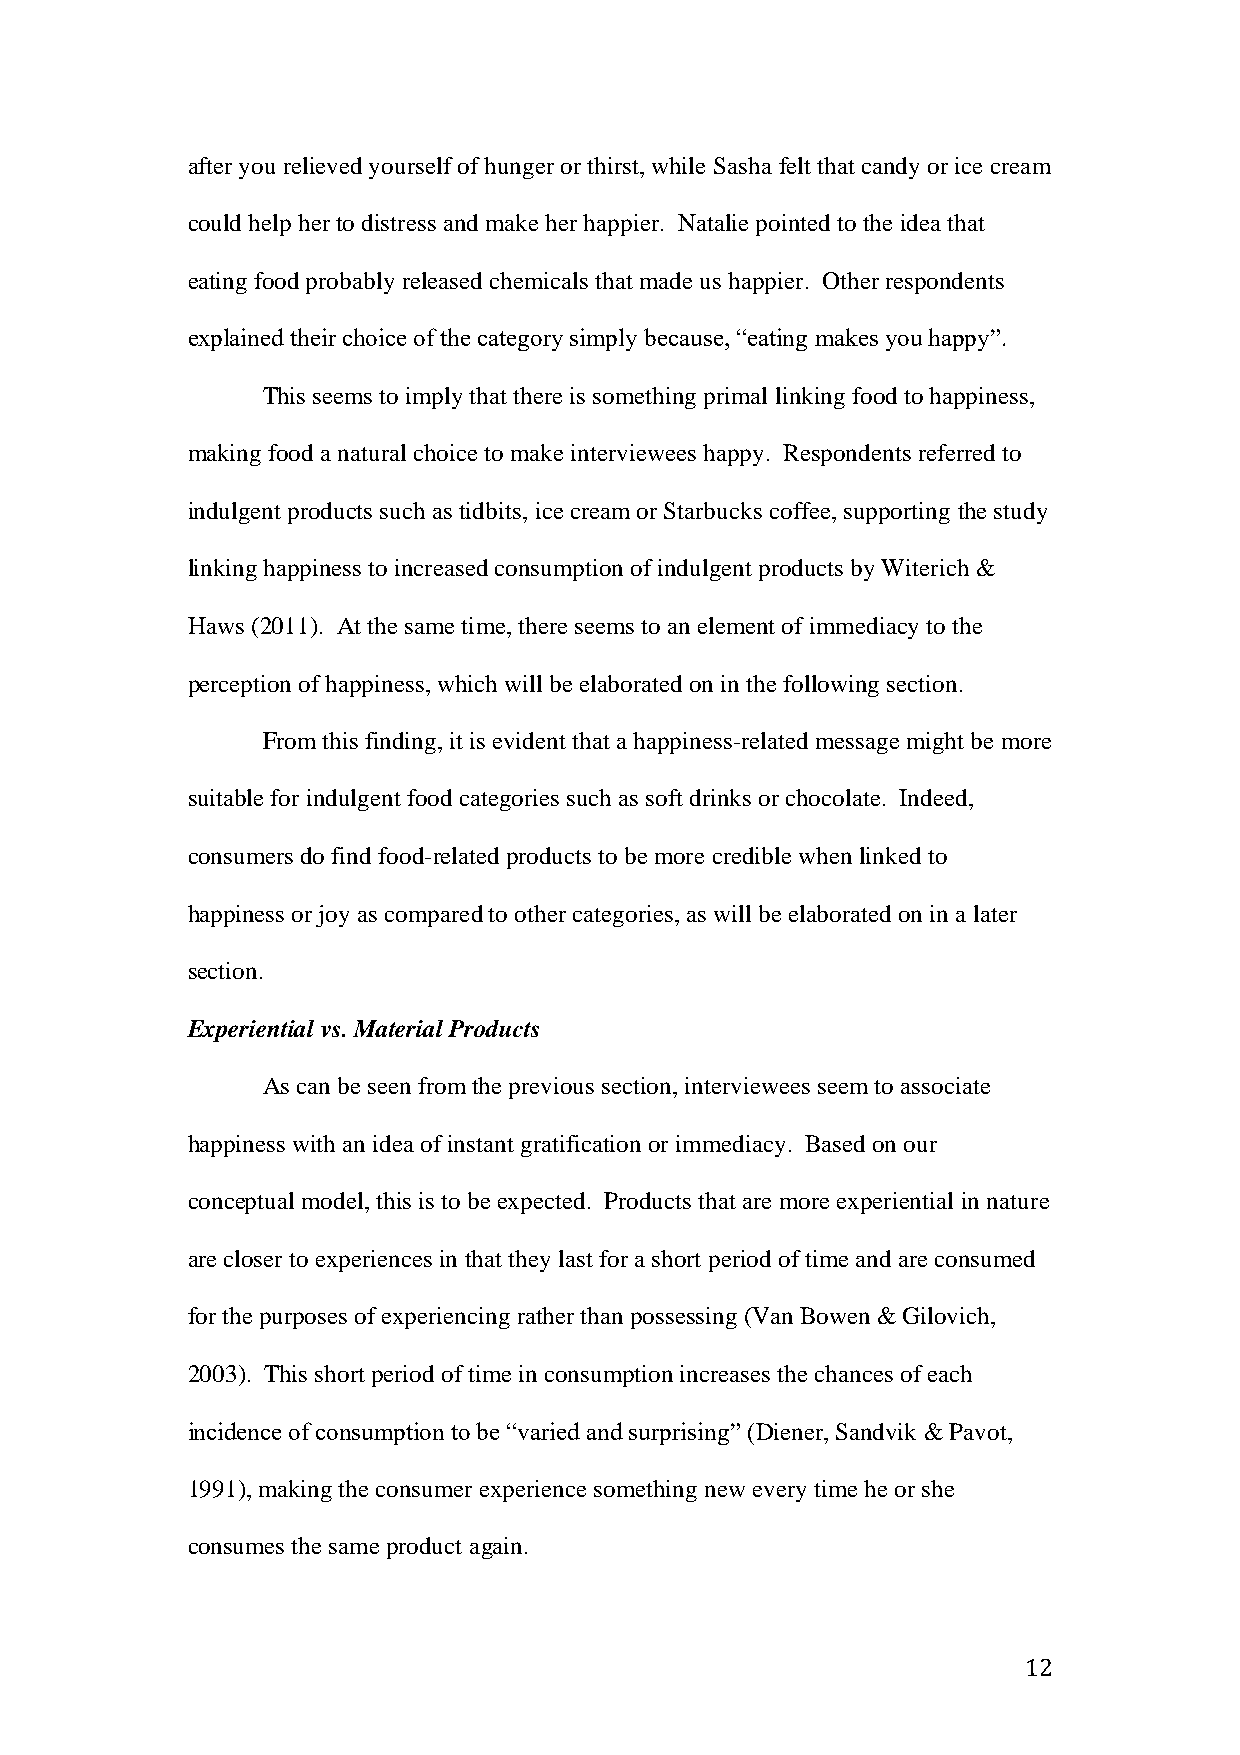
after you relieved yourself of hunger or thirst, while Sasha felt that candy or ice cream
 could help her to distress and make her happier. Natalie pointed to the idea that
 eating food probably released chemicals that made us happier. Other respondents
 explained their choice of the category simply because, “eating makes you happy”.
 This seems to imply that there is something primal linking food to happiness,
 making food a natural choice to make interviewees happy. Respondents referred to
 indulgent products such as tidbits, ice cream or Starbucks coffee, supporting the study
 linking happiness to increased consumption of indulgent products by Witerich &
 Haws (2011). At the same time, there seems to an element of immediacy to the
 perception of happiness, which will be elaborated on in the following section.
 From this finding, it is evident that a happiness-related message might be more
 suitable for indulgent food categories such as soft drinks or chocolate. Indeed,
 consumers do find food-related products to be more credible when linked to
 happiness or joy as compared to other categories, as will be elaborated on in a later
 section.
 Experiential vs. Material Products
 As can be seen from the previous section, interviewees seem to associate
 happiness with an idea of instant gratification or immediacy. Based on our
 conceptual model, this is to be expected. Products that are more experiential in nature
 are closer to experiences in that they last for a short period of time and are consumed
 for the purposes of experiencing rather than possessing (Van Bowen & Gilovich,
 2003). This short period of time in consumption increases the chances of each
 incidence of consumption to be “varied and surprising” (Diener, Sandvik & Pavot,
 1991), making the consumer experience something new every time he or she
 consumes the same product again.
 12